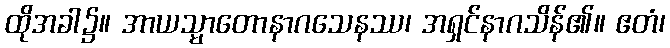
ထိုအခါ၌။ အာယသ္မာတောနာဂသေနဿ၊ အရှင်နာဂသိန်၏။ ဧတံ၊